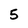
Character: 5